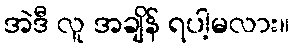
အဲဒီ လူ အချိန် ရပါ့မလား။